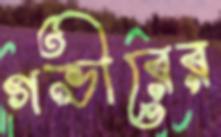
গভীরের